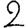
Digit: 2